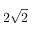
2 \sqrt { 2 }